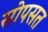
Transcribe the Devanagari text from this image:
सोपसत